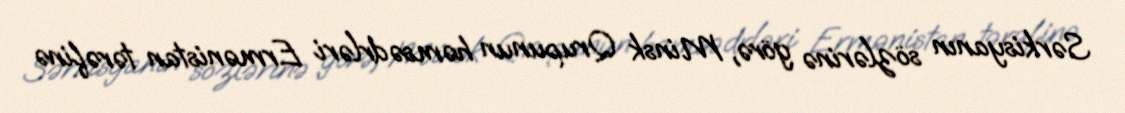
Sərkisyanın sözlərinə görə, Minsk Qrupunun həmsədrləri Ermənistan tərəfinə